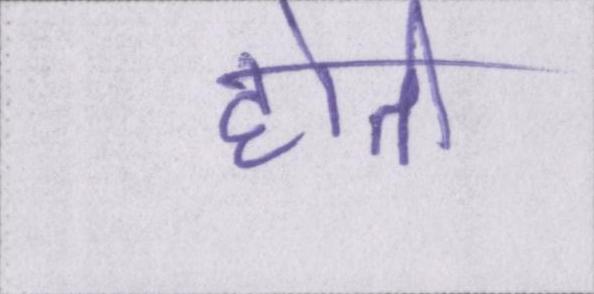
होती